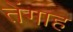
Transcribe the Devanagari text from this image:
तेंगाह